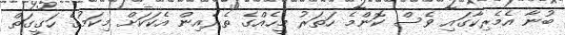
ބުނާ އެމެރިކާގައި ވެސް ކޮންމެ ހަތަރު މީހެއްގެ ތެރެއިން އެކަކަށް މިކަމުގެ ހަގީގަތް